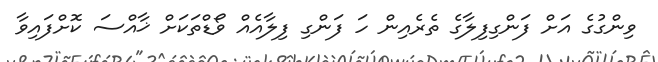
ވިންގުގެ އަށް ފަންގިފިލާގެ ތެރެއިން ހަ ފަންގި ފިލާއެއް ވޯޑްތަކަށް ޚާއްސަ ކޮށްފައިވާ